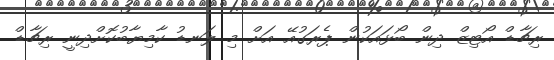
ރިޗާޑް އޯޓިޒް ދިން ބޯޅައަކުން ޕެރަގުއޭ އަށް މި ލަނޑު ކާމިޔާބުކޮށްދިނީ ރިޗާޑް